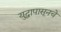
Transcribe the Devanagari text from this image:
युद्धापासूनचे